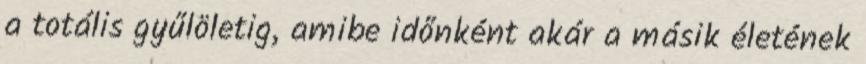
a totális gyűlöletig, amibe időnként akár a másik életének